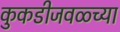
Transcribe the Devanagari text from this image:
कुकडीजवळ्च्या